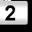
Digit: 2